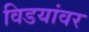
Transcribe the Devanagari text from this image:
विडयांवर